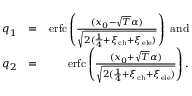
\begin{array} { r l r } { q _ { 1 } } & { = } & { \mathrm { e r f c } \left( \frac { ( x _ { 0 } - \sqrt { T } \alpha ) } { \sqrt { 2 ( \frac { 1 } { 4 } + \xi _ { \mathrm { c h } } + \xi _ { \mathrm { e l e } } ) } } \right) \ \mathrm { a n d } } \\ { q _ { 2 } } & { = } & { \mathrm { e r f c } \left( \frac { ( x _ { 0 } + \sqrt { T } \alpha ) } { \sqrt { 2 ( \frac { 1 } { 4 } + \xi _ { \mathrm { c h } } + \xi _ { \mathrm { e l e } } ) } } \right) . } \end{array}